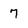
Character: 7